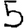
Digit: 5